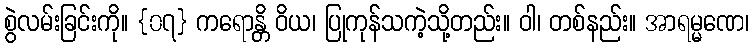
စွဲလမ်းခြင်းကို။ {၀၇} ကရောန္တိ ဝိယ၊ ပြုကုန်သကဲ့သို့တည်း။ ဝါ၊ တစ်နည်း။ အာရမ္မဏေ၊